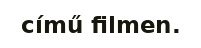
című filmen.